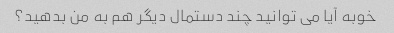
خوبه آیا می توانید چند دستمال دیگر هم به من بدهید؟